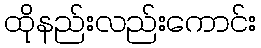
ထိုနည်းလည်းကောင်း